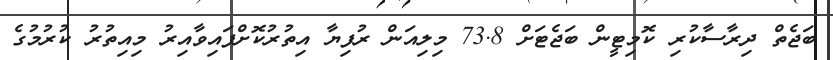
ބަޖެތް ދިރާސާކުރި ކޮމިޓީން ބަޖެޓަށް 73.8 މިލިއަން ރުފިޔާ އިތުރުކޮށްފައިވާއިރު މިއިތުރު ކުރުމުގެ